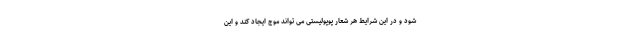
شود و در این شرایط هر شعار پوپولیستی می تواند موج ایجاد کند و این